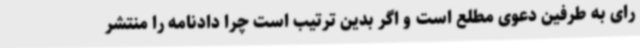
رای به طرفین دعوی مطلع است و اگر بدین ترتیب است چرا دادنامه را منتشر